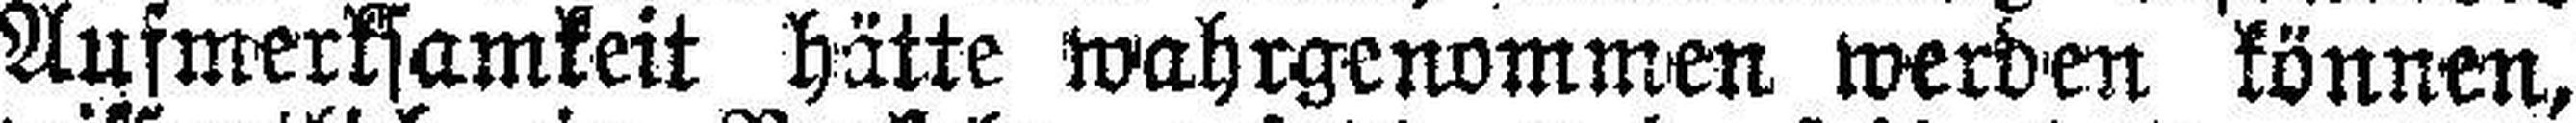
Aufmerksamkeit hätte wahrgenommen werden können,